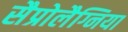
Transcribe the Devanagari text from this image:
सैप्रोलैग्निया